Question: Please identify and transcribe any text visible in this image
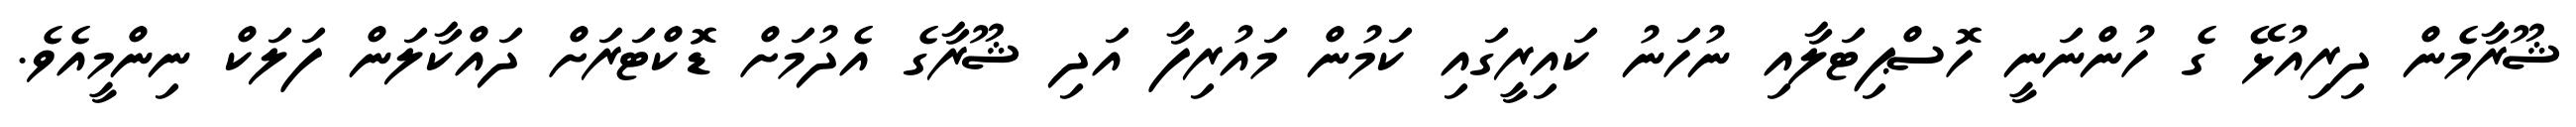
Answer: ޝޫރާމެން ދިރިއުޅޭ ގެ ހުންނަނީ ހޮސްޕިޓަލާއި ނުހަނު ކައިރީގައި ކަމުން މައުރިފާ އަދި ޝޫރާގެ އެދުމަށް ޑޮކްޓަރަށް ދައްކާލަން ފަލަކް ނިންމީއެވެ.